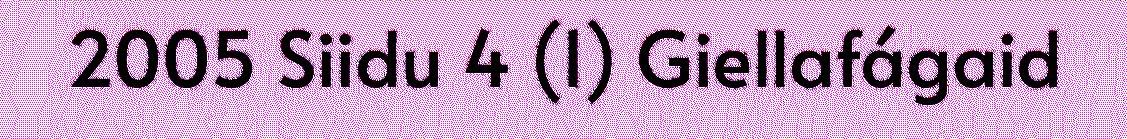
2005 Siidu 4 (1) Giellafágaid